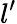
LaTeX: l{'}